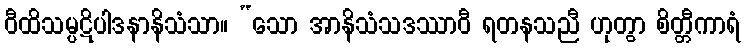
ဝီထိသမ္ပဋိပါဒနာနိသံသာ။ “သော အာနိသံသဒဿာဝီ ရတနသညီ ဟုတွာ စိတ္တီကာရံ